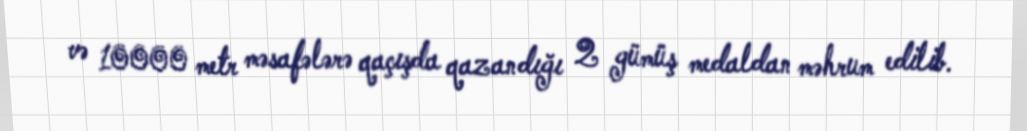
və 10000 metr məsafələrə qaçışda qazandığı 2 gümüş medaldan məhrum edilib.